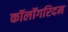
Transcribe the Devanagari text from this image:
कॉलॉगरिदम